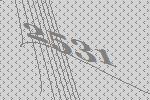
2531